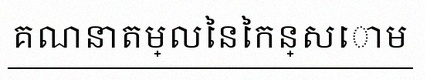
គណនាតម្លៃនៃកន្សោម